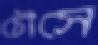
চৌসে